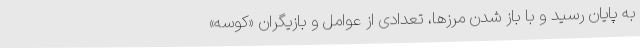
به پایان رسید و با باز شدن مرزها، تعدادی از عوامل و بازیگران «کوسه»